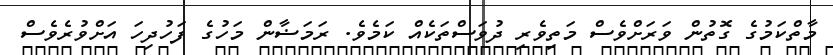
މާތްކަމުގެ ގޮތުން ވަރަށްވެސް މަތިވެރި ދުވަސްތަކެއް ކަމެވެ. ރަމަޟާން މަހުގެ ފަހުދިހަ އަށްވުރެވެސް